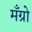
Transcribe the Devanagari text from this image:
मँग्रो